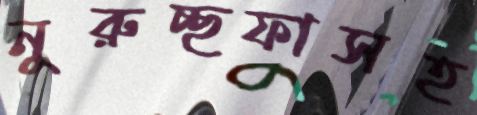
নুরুচ্ছফাসহ